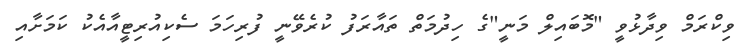
ވިކްރަމް ވިދާޅުވީ "މޮބައިލް މަނީ"ގެ ހިދުމަތް ތައާރަފު ކުރެވޭނީ ފުރިހަމަ ސެކިއުރިޓީއާއެކު ކަމަށާއި